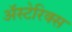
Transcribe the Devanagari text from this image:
अॅस्टेरिक्स